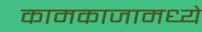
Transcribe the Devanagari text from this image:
कामकाजामध्ये